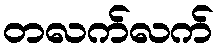
တလက်လက်